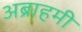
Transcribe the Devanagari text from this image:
अब्राहमी